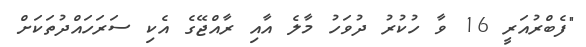
"ފެބްރުއަރީ 16 ވާ ހުކުރު ދުވަހު މާލެ އާއި ރާއްޖޭގެ އެކި ސަރަހައްދުތަކަށް